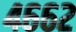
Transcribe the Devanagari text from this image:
४६६२